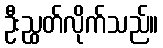
ဦးညွှတ်လိုက်သည်။